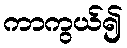
ကာကွယ်၍